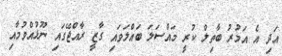
އަދި އެ އަމުރު ބާތިލް ކުރީ މައްސަލަ ބައްލަވައި ގާޒީ ރާއްޖޭގައި ނޫޅުއްވުމާއި